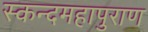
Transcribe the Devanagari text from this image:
स्कन्दमहापुराण